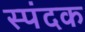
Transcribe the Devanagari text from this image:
स्पंदक